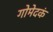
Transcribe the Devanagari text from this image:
गोमेदकं